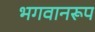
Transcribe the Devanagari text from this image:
भगवानरूप